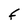
Character: F